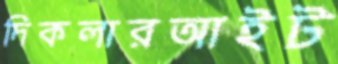
দিকলারআইট